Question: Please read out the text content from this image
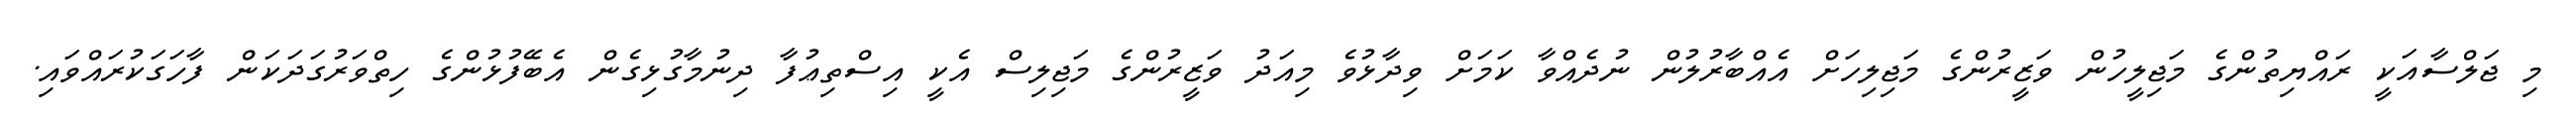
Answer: މި ޖަލްސާއަކީ ރައްޔިތުންގެ މަޖިލީހުން ވަޒީރުންގެ މަޖިލިހަށް އެއްބާރުލުން ނުދެއްވާ ކަމަށް ވިދާޅުވެ މިއަދު ވަޒީރުންގެ މަޖިލިސް އެކީ އިސްތިޢުފާ ދިނުމާގުޅިގެން އެބޭފުޅުންގެ ހިތްވަރުގަދަކަން ފާހަގަކުރައްވައި.